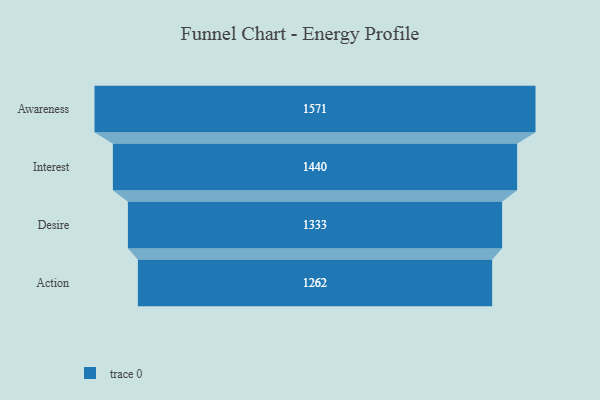
{"axis": {"x": "Stage", "y": "Value"}, "legend": [""], "data": [{"x": "Awareness", "y": 1571.0, "type": ""}, {"x": "Interest", "y": 1440.0, "type": ""}, {"x": "Desire", "y": 1333.0, "type": ""}, {"x": "Action", "y": 1262.0, "type": ""}]}